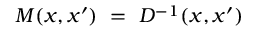
M ( x , x ^ { \prime } ) \ = \ D ^ { - 1 } ( x , x ^ { \prime } )